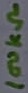
Text: 100kΩ